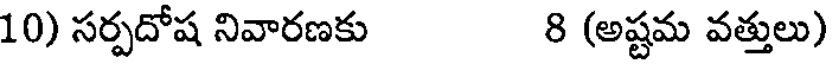
10) సర్పదోష నివారణకు 8 (అష్టమ వత్తులు)